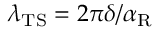
\lambda _ { \mathrm { T S } } = 2 \pi \delta / \alpha _ { \mathrm { R } }